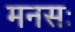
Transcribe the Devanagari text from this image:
मनसः